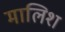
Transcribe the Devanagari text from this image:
मालिश्‍ा